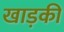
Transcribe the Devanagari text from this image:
खाड़की